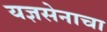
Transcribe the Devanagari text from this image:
यज्ञसेनाचा